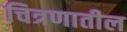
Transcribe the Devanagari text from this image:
चित्रणातील